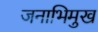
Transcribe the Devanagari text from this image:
जनाभिमुख